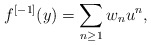
\begin{gather*} f^{[-1]}(y)= \sum_{n \ge 1} w_n u^n, \end{gather*}